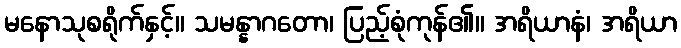
မနောသုစရိုက်နှင့်။ သမန္နာဂတော၊ ပြည့်စုံကုန်၏။ အရိယာနံ၊ အရိယာ